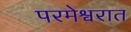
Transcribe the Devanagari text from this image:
परमेश्वरात